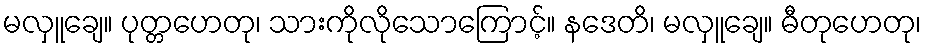
မလှူချေ။ ပုတ္တဟေတု၊ သားကိုလိုသောကြောင့်။ နဒေတိ၊ မလှူချေ။ ဓီတုဟေတု၊